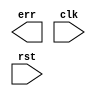
module proc (/*AUTOARG*/
   // Outputs
   err, 
   // Inputs
   clk, rst
   );

   input clk;
   input rst;

   output err;

   // None of the above lines can be modified

   // OR all the err ouputs for every sub-module and assign it as this
   // err output
   
   // As desribed in the homeworks, use the err signal to trap corner
   // cases that you think are illegal in your statemachines
   
   
   /* your code here */
   
endmodule